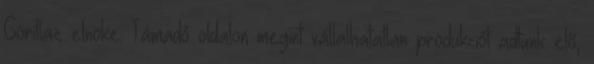
Gorillaz elnöke: Támadó oldalon megint vállalhatatlan produkciót adtunk elő,